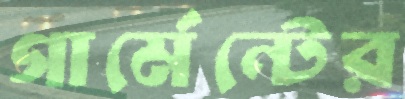
গার্মেন্টের